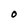
Character: O